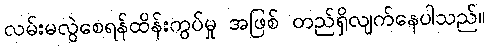
လမ်းမလွဲစေရန်ထိန်းကွပ်မှု အဖြစ် တည်ရှိလျက်နေပါသည်။